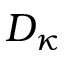
D _ { \kappa }